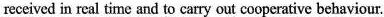
received in real time and to carry out cooperative behaviour.